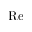
\mathrm { R e }